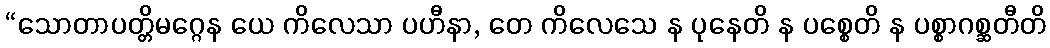
“သောတာပတ္တိမဂ္ဂေန ယေ ကိလေသာ ပဟီနာ, တေ ကိလေသေ န ပုနေတိ န ပစ္စေတိ န ပစ္စာဂစ္ဆတီတိ